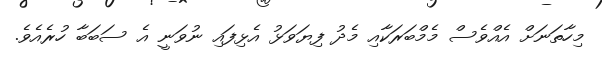
މިހާތަނަށް އެއްވެސް މެމްބަރަކާއި މެދު ފިޔަވަޅު އެޅިފައި ނުވަނީ އެ ސަބަބާ ހުރެއެވެ.